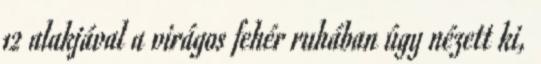
12 alakjával a virágos fehér ruhában úgy nézett ki,